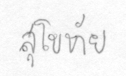
สุโขทัย